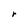
Character: r